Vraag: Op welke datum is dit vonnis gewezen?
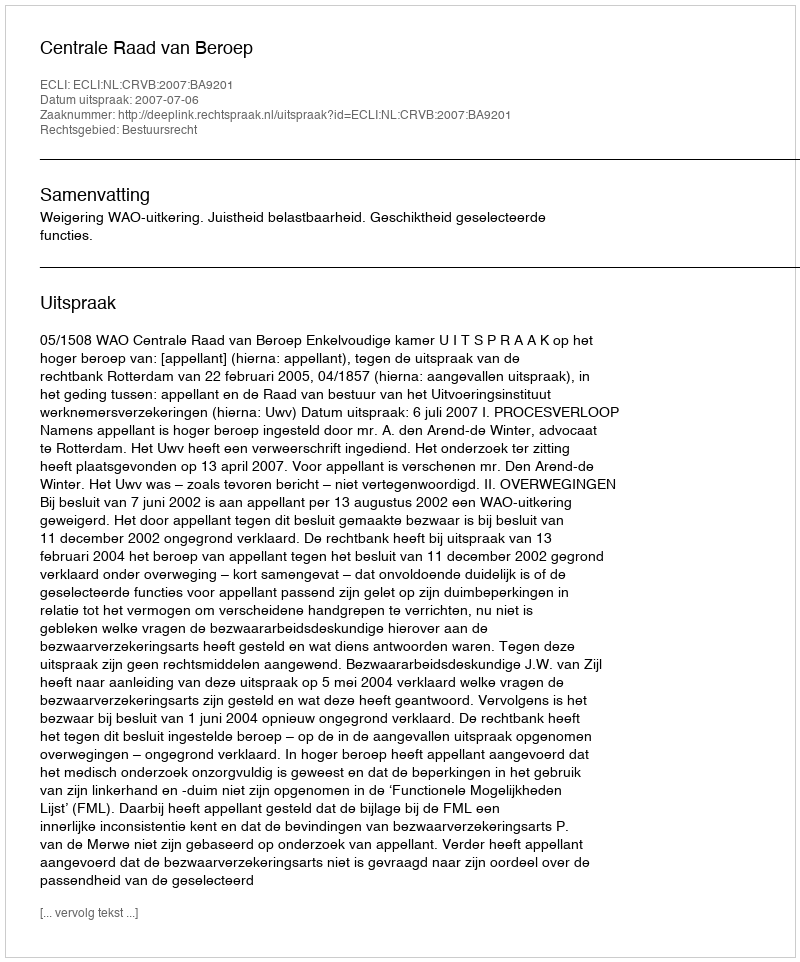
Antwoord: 2007-07-06